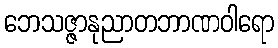
ဘေသဇ္ဇာနုညာတဘာဏဝါရော